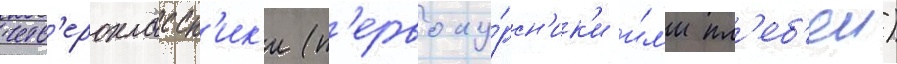
четв'ероклассн'ик'и (п'ервоку́рсн'ик'и и́л'и пл'еб'еи)